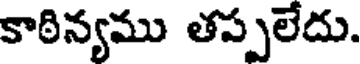
కాఠిన్యము తప్పలేదు.